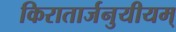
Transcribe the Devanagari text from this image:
किरातार्जनुयीयम्‌